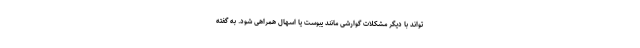
تواند با دیگر مشکلات گوارشی مانند یبوست یا اسهال همراهی شود. به گفته